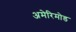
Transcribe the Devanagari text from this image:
अमेरिमोड